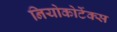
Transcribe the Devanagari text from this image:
नियोकोर्टेक्स